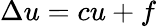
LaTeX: \Delta u=cu+f